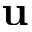
\mathbf { u }